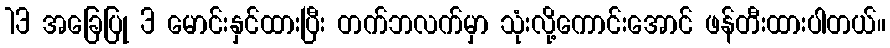
13 အခြေပြု 3 မောင်းနှင်ထားပြီး တက်ဘလက်မှာ သုံးလို့ကောင်းအောင် ဖန်တီးထားပါတယ်။